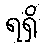
ရရှိ